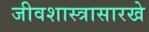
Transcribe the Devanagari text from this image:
जीवशास्त्रासारखे